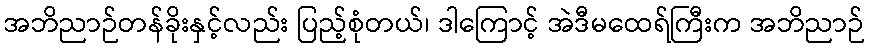
အဘိညာဉ်တန်ခိုးနှင့်လည်း ပြည့်စုံတယ်၊ ဒါကြောင့် အဲဒီမထေရ်ကြီးက အဘိညာဉ်